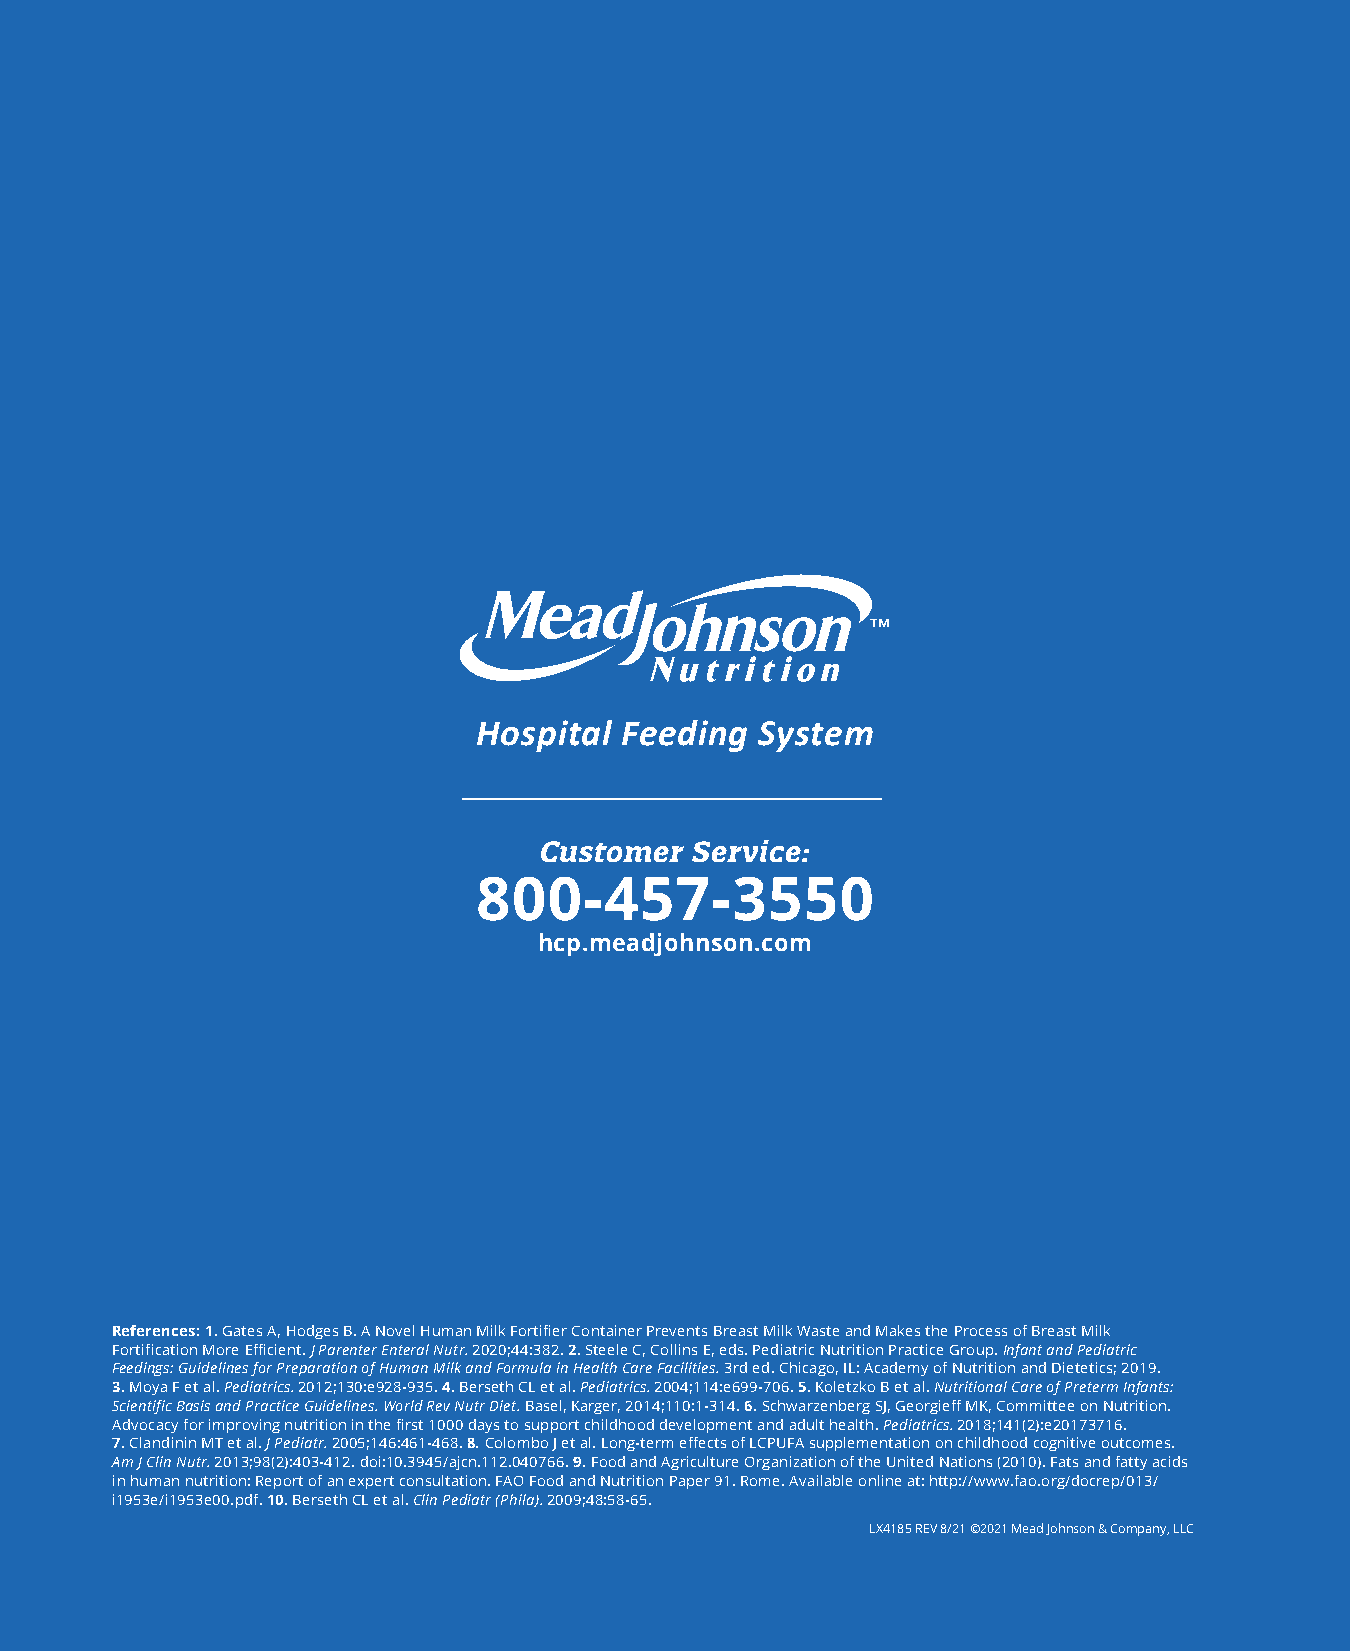
Hospital Feeding  System
 Customer  Service:
 800-457-3550
 hcp.meadjohnson.com
 References: 1. Gates A, Hodges B. A Novel Human Milk Fortifier Container Prevents Breast Milk Waste and Makes the Process of Breast Milk
 Fortification More Efficient. J Parenter Enteral Nutr. 2020;44:382. 2. Steele C, Collins E, eds. Pediatric Nutrition Practice Group. Infant and Pediatric
 Feedings: Guidelines for Preparation of Human Milk and Formula in Health Care Facilities. 3rd ed. Chicago, IL: Academy of Nutrition and Dietetics; 2019.
 3. Moya F et al. Pediatrics. 2012;130:e928-935. 4. Berseth CL et al. Pediatrics. 2004;114:e699-706. 5. Koletzko B et al. Nutritional Care of Preterm Infants:
 Scientific Basis and Practice Guidelines. World Rev Nutr Diet. Basel, Karger, 2014;110:1-314. 6. Schwarzenberg SJ, Georgieff MK, Committee on Nutrition.
 Advocacy for improving nutrition in the first 1000 days to support childhood development and adult health. Pediatrics. 2018;141(2):e20173716.
 7. Clandinin MT et al. J Pediatr. 2005;146:461-468. 8. Colombo J et al. Long-term effects of LCPUFA supplementation on childhood cognitive outcomes.
 Am J Clin Nutr. 2013;98(2):403-412. doi:10.3945/ajcn.112.040766. 9. Food and Agriculture Organization of the United Nations (2010). Fats and fatty acids
 in human nutrition: Report of an expert consultation. FAO Food and Nutrition Paper 91. Rome. Available online at: http://www.fao.org/docrep/013/
 i1953e/i1953e00.pdf. 10. Berseth CL et al. Clin Pediatr (Phila). 2009;48:58-65.
 LX4185 REV 8/21 ©2021 Mead Johnson & Company, LLC